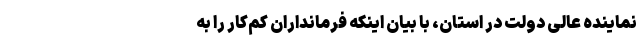
نماینده عالی دولت در استان، با بیان اینکه فرمانداران کم‌کار را به